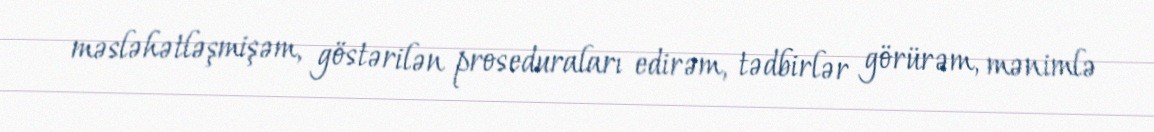
məsləhətləşmişəm, göstərilən proseduraları edirəm, tədbirlər görürəm, mənimlə